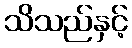
သိသည်နှင့်